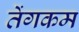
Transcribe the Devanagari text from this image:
तेंगकम